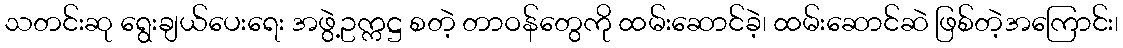
သတင်းဆု ရွေးချယ်ပေးရေး အဖွဲ့ဥက္ကဋ္ဌ စတဲ့ တာဝန်တွေကို ထမ်းဆောင်ခဲ့၊ ထမ်းဆောင်ဆဲ ဖြစ်တဲ့အကြောင်း၊